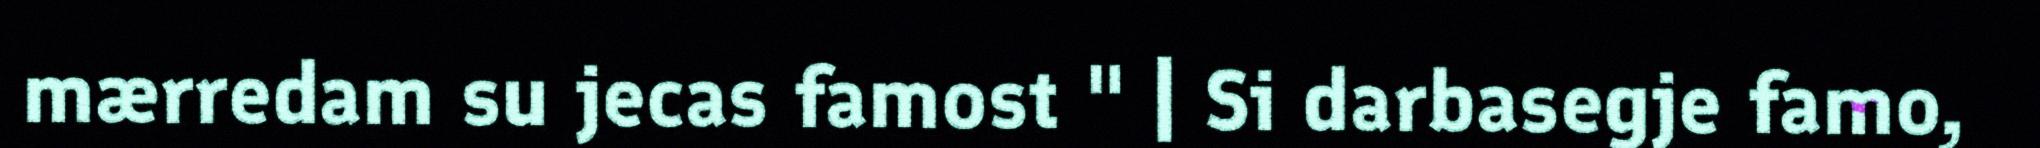
mærredam su jecas famost " | Si darbasegje famo,